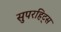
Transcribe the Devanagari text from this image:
सुपरहिट्स